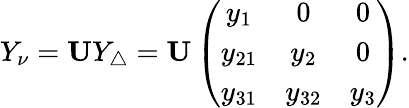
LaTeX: Y_{\nu}={\mathbf U}Y_{\triangle}={\mathbf U}\left(\begin{array}{ccc}{{y_{1}}}&{{0}}&{{0}}\\ {{y_{21}}}&{{y_{2}}}&{{0}}\\ {{y_{31}}}&{{y_{32}}}&{{y_{3}}}\end{array}\right).